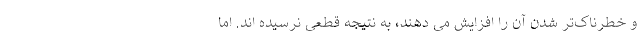
و خطرناک‌تر شدن آن را افزایش می دهند، به نتیجه قطعی نرسیده اند. اما